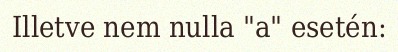
Illetve nem nulla "a" esetén: